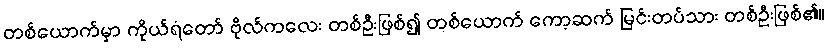
တစ်ယောက်မှာ ကိုယ်ရံတော် ဗိုလ်ကလေး တစ်ဦးဖြစ်၍ တစ်ယောက် ကော့ဆက် မြင်းတပ်သား တစ်ဦးဖြစ်၏။